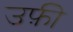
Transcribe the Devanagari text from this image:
उफ़ी